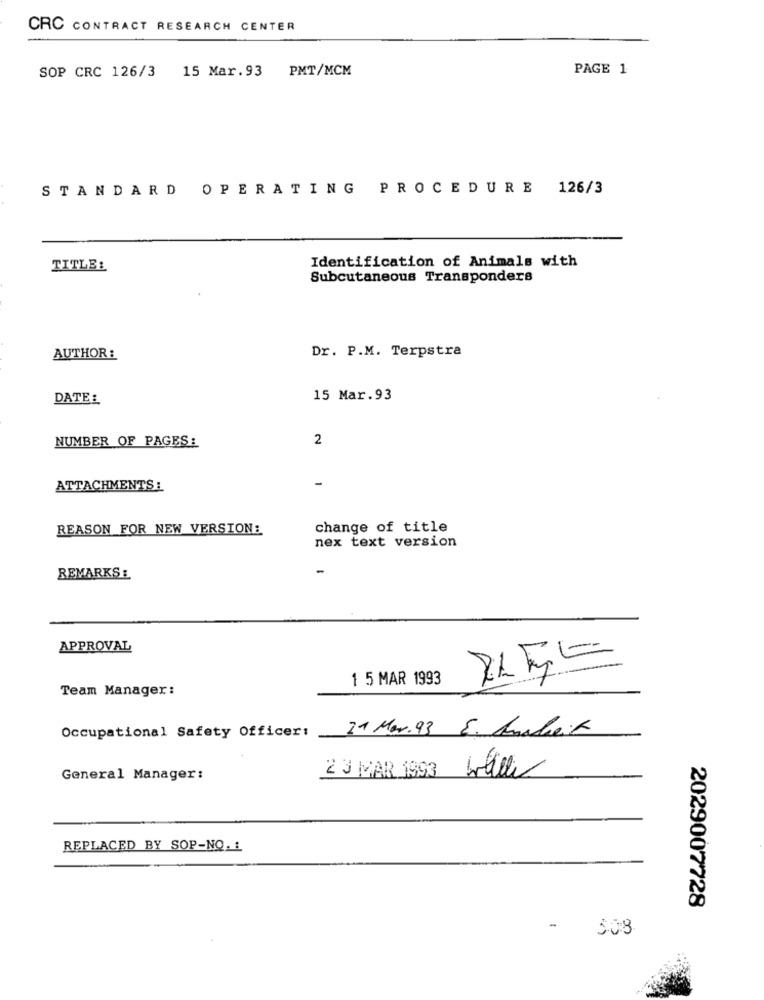
CRC CONTRACT RESEARCH CENTER
SOP CRC 126/3 15 Mar.93 PMT/MCM
PAGE 1
STANDARD OPERATING PROCEDURE 126/3
Identification of Animals with
TITLE:
Subcutaneous Transponders
Dr. P.M. Terpstra
AUTHOR :
DATE:
15 Mar.93
NUMBER OF PAGES:
2
-
ATTACHMENTS:
REASON FOR NEW VERSION:
change of title
nex text version
REMARKS :
APPROVAL
1 5 MAR 1993
Team Manager:
21 Mar.93 E. Ancheit
Occupational Safety Officer:
General Manager:
2 3 MAR 1993
REPLACED BY SOP-NO. 1
2029007728
-
308